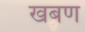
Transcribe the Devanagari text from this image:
खबण